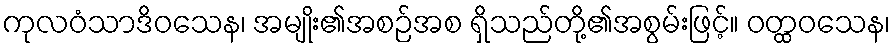
ကုလဝံသာဒိဝသေန၊ အမျိုး၏အစဉ်အစ ရှိသည်တို့၏အစွမ်းဖြင့်။ ဝတ္ထဝသေန၊